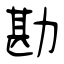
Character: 勘